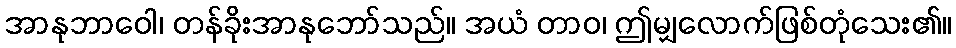
အာနုဘာဝေါ၊ တန်ခိုးအာနုဘော်သည်။ အယံ တာဝ၊ ဤမျှလောက်ဖြစ်တုံသေး၏။